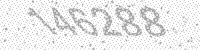
Solution: 146288